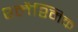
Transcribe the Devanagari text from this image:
श्लैश्मिक